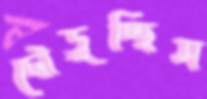
দৌড়ুচ্ছিস